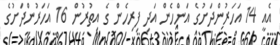
އެއީ 14 އަހަރުންދަށުގެ އަންހެން އަދި ފިރިހެން ގެ އިތުރުން 16 އަހަރުންދަށުގެ